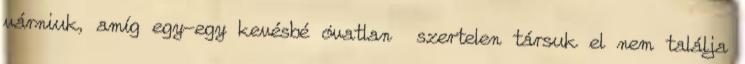
vár­ni­uk, amíg egy-egy kevésbé óvatlan szertelen társuk el nem találja